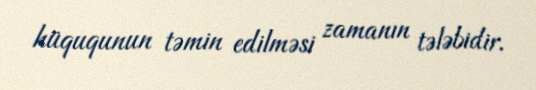
hüququnun təmin edilməsi zamanın tələbidir.